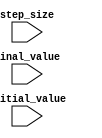
module Incremental_For_Loop(
    input wire initial_value,
    input wire final_value,
    input wire step_size
);

reg [31:0] current_value;

always @ (posedge clk) begin
    if (current_value < final_value) begin
        current_value = current_value + step_size;
        
        // Perform operations here based on the current_value
    end
end

endmodule